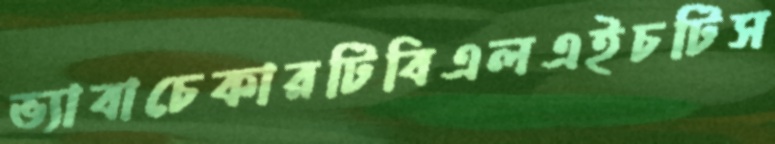
ভ্যাবাচেকারটিবিএলএইচটিস